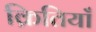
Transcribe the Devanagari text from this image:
क्रितियाँ